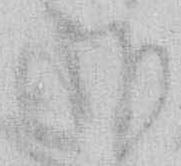
さ